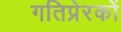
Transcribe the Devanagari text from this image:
गतिप्रेरकों